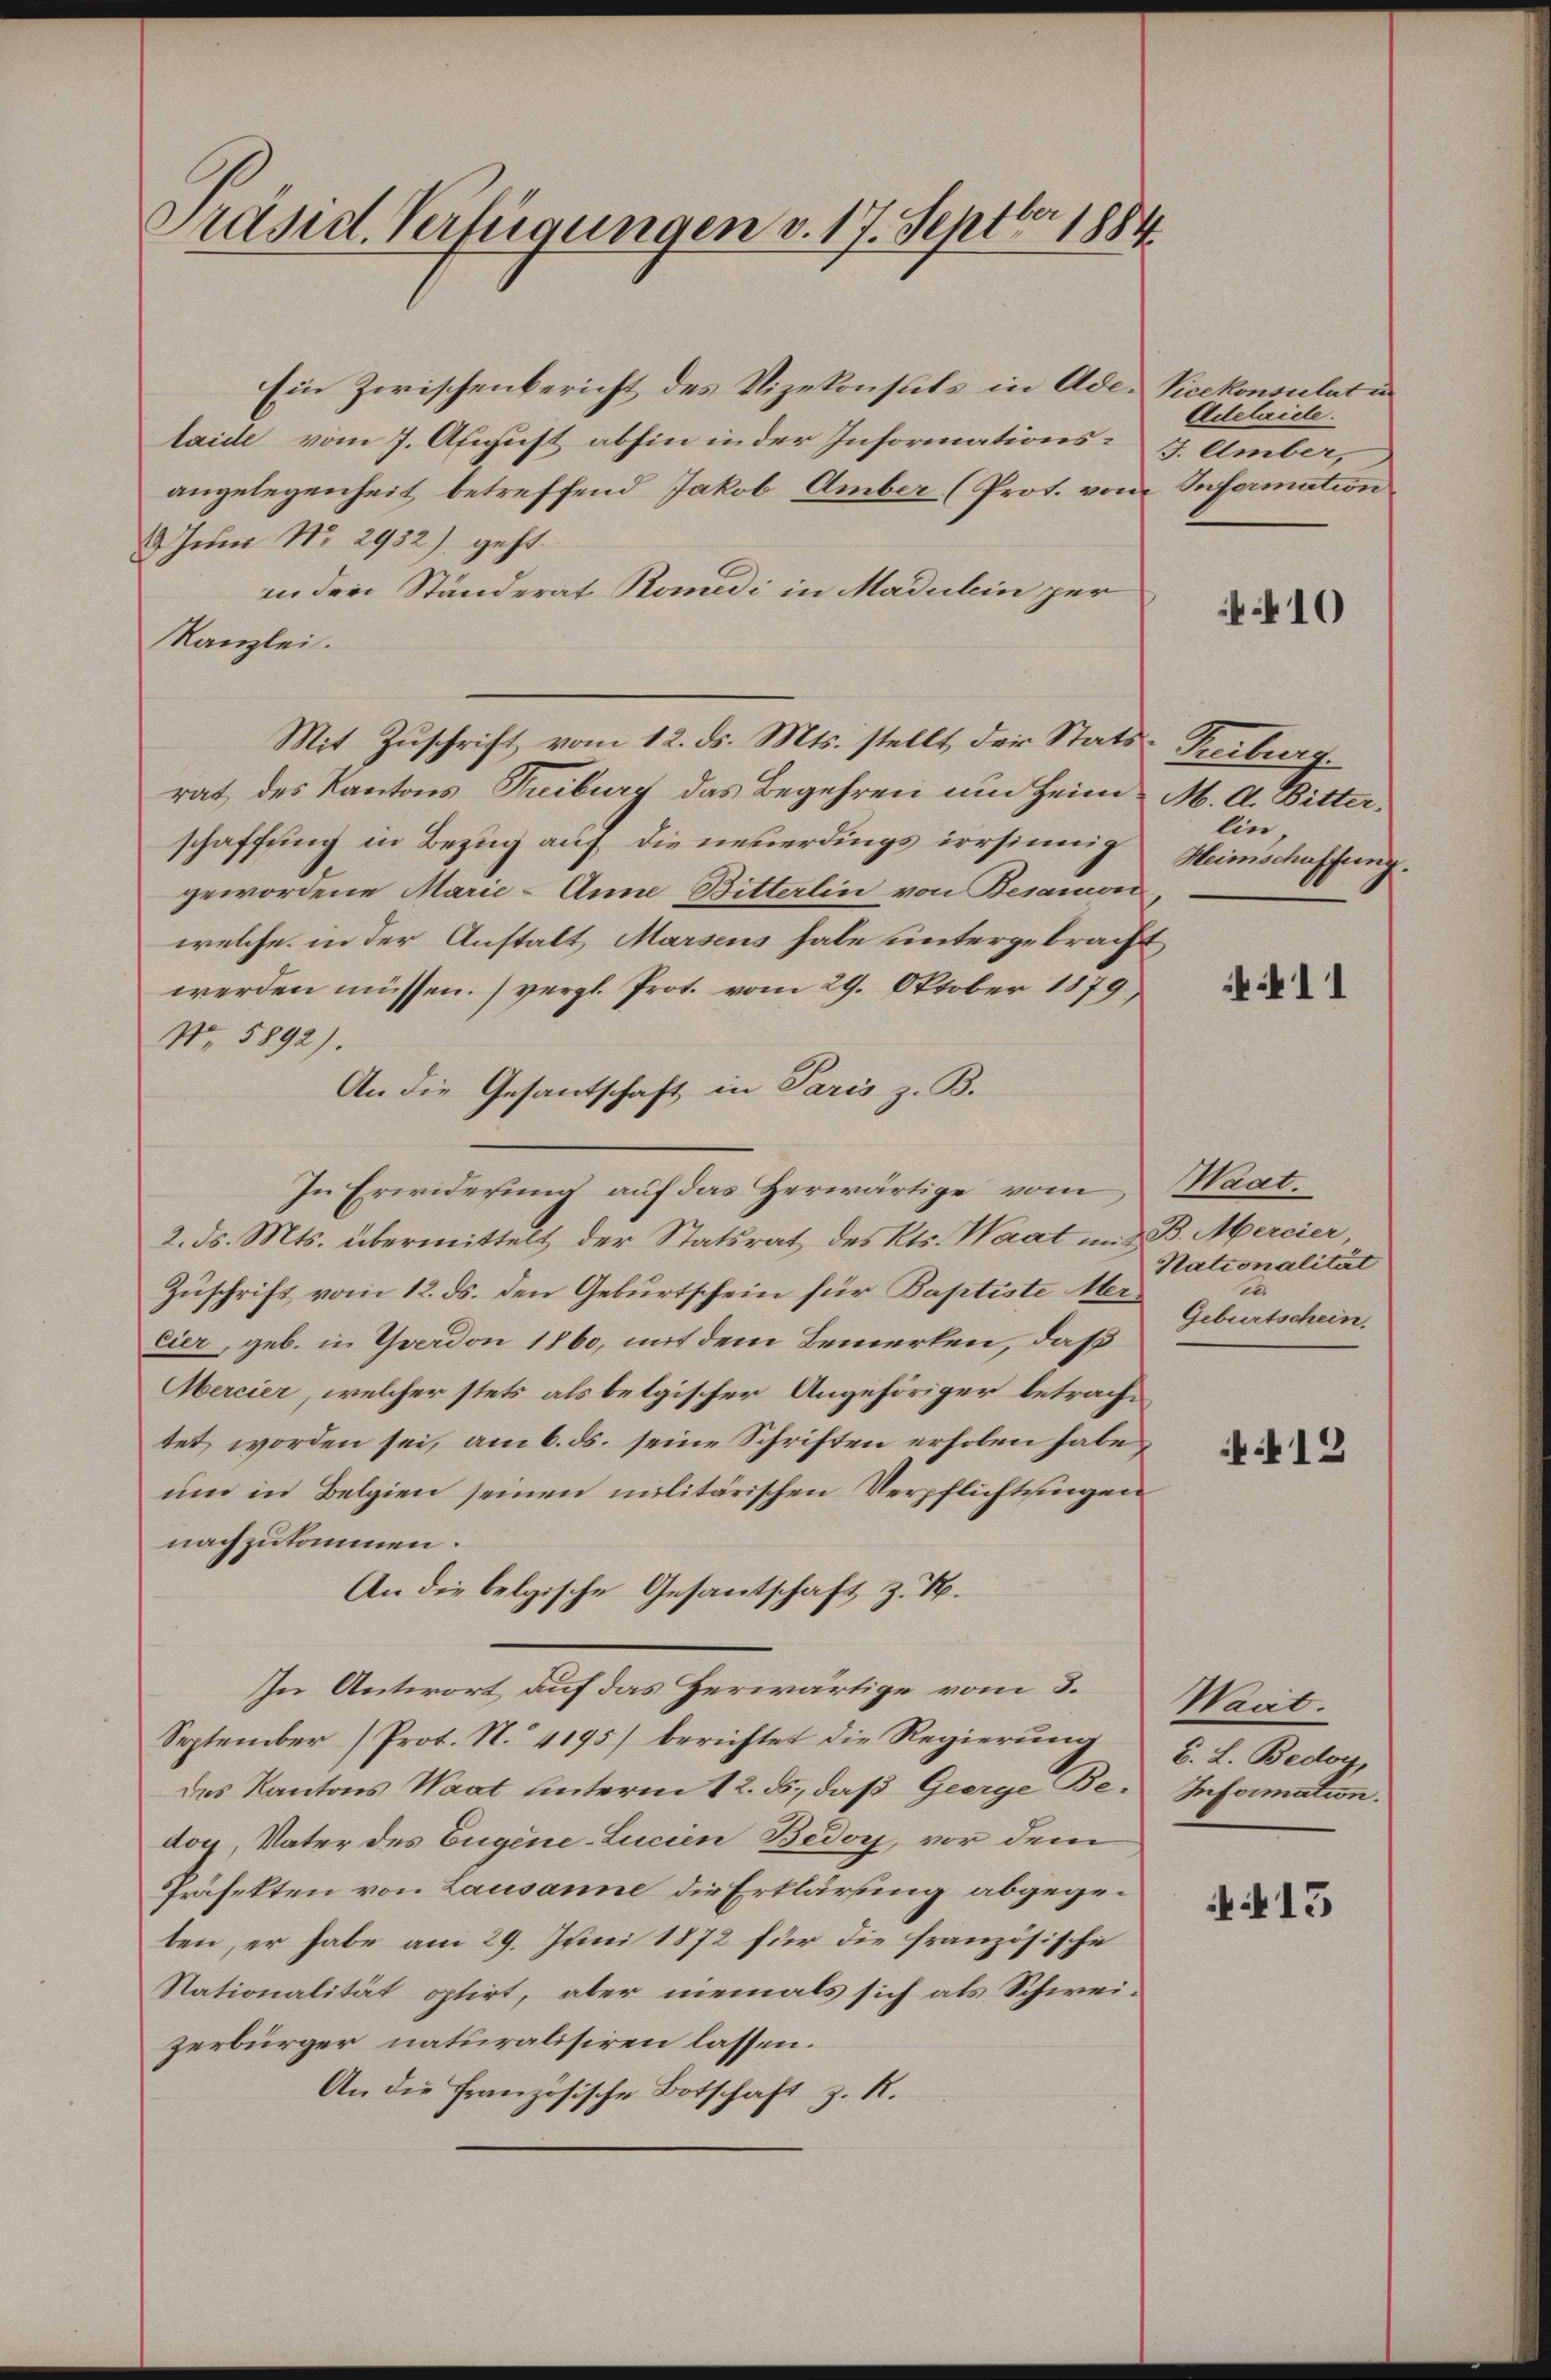
Präsid. Verfügungen v. 17. Septbr 1884

Ein Zwischenbericht des Vizekonsuls in Adelaide vom 7. August abhin in der Informations- u. Amber,
angelegenheit betreffend Jakob Amber (Prot. vom Senfermation
Jun No. 2952) geht.
in den Ständerat Romedi in Madulein per
Kanzlei.
Mit Zŭschrift vom 12. ds. Mts. stellt, der Stats-Freiburg.
rat des Kantons Treiburg das Begehren um Heim M. A. Bitterschaffung in Bezug auf die neuerdings irrsinnig
gewordene Marie-Anne Bitterlin von Besamon
welche in der Anstalt Marsens habe untergebracht
werden müssen. (vergl. Prot. vom 29. Oktober 1879
No. 5892).
An die Gesantschaft in Paris z. B.
In Erwiderung auf das Herwärtige vom
2. ds. Mts. übermittelt der Statsrat des Kts. Waat in B. Mercier,
Zuschrift vom 12. ds. den Geburtschein für Baptiste Mer¬
Eier, geb. in Yverdon 1860, mit dem Bemerken, daß
Mercier, welcher stets als belgischer Angehöriger betrachtet worden sei, am 6. ds. seine Schriften erhoben habe,
um in Belgien seinen militärischen Verpflichtungen
nachzukommen.
An die belgische Gesantschaft z. B.
In Antwort auf das Herwärtige vom 3.
September (Prot. N. 4195) berichtet die Regierŭng
Des Kantons Waat unterm 12. ds., daß Geerge Bedoy, Vater des Eugene-Lucien Bedoy, vor dem
Präfekten von Lausanne die Erklärung abgegeten, er habe am 29. Juni 1872 für die französische
Nationalität optirt, aber niemals sich als Schweizerbürger naturalisiren lassen.
An die Französische Botschaft z. R.

Vicekonsulat in
Adelaidle.

410

hin,
Meinschaffung.

11

Maat.
Nationalität
e
Geburtschein.

12

Maal.
B. L. Bedoy,
Information.

413